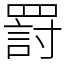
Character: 罸